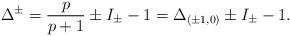
LaTeX: \begin{align*}\Delta ^{\pm }=\frac{p}{p+1}\pm I_{\pm }-1=\Delta _{(\pm 1,0)}\pm I_{\pm }-1.\end{align*}